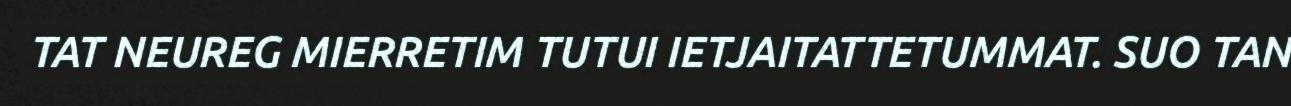
TAT NEUREG MIERRETIM TUTUI IETJAITATTETUMMAT. SUO TAN